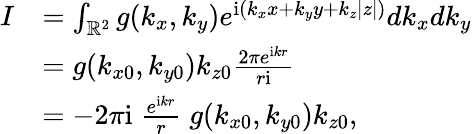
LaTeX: \begin{array}{rl}{I}&{=\int_{\mathbb{R}^{2}}g(k_{x},k_{y})e^{\mathrm{i}(k_{x}x+k_{y}y+k_{z}|z|)}dk_{x}dk_{y}}\\ &{=g(k_{x0},k_{y0})k_{z0}\frac{2\pi e^{\mathrm{i}kr}}{r\mathrm{i}}}\\ &{=-2\pi\mathrm{i}\; \frac{e^{\mathrm{i}kr}}{r}\; g(k_{x0},k_{y0})k_{z0},}\end{array}